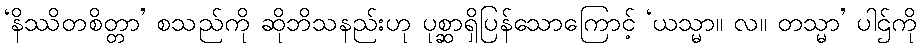
‘နိဿိတစိတ္တာ’ စသည်ကို ဆိုဘိသနည်းဟု ပုစ္ဆာရှိပြန်သောကြောင့် ‘ယသ္မာ။ လ။ တသ္မာ’ ပါဌ်ကို